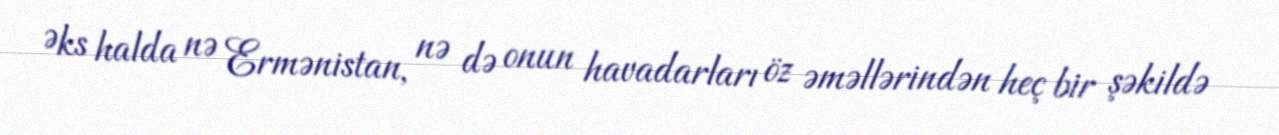
Əks halda nə Ermənistan, nə də onun havadarları öz əməllərindən heç bir şəkildə